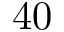
4 0